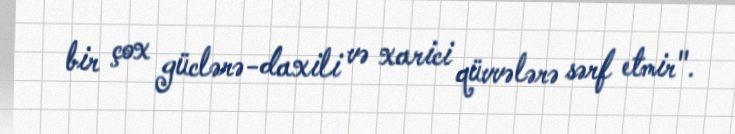
bir çox güclərə-daxili və xarici qüvvələrə sərf etmir".